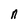
Character: n